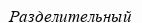
Разделительный